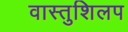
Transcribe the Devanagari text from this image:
वास्तुशिलप